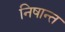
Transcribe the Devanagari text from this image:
निषान्त